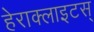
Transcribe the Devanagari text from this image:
हेराक्लाइटस्